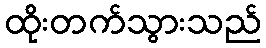
ထိုးတက်သွားသည်